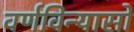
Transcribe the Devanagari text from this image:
वर्णविन्यासों